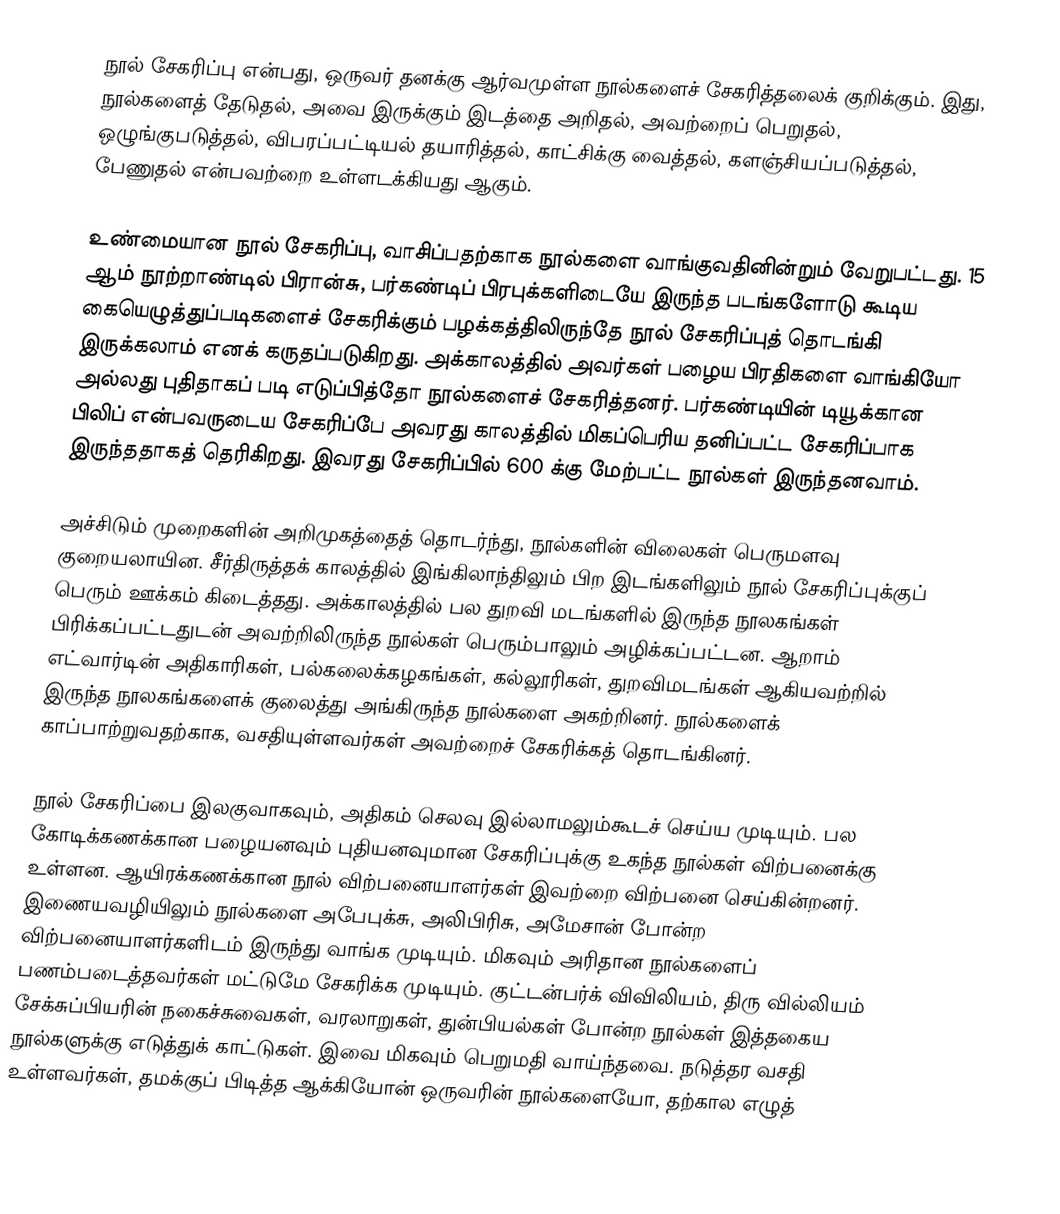
நூல் சேகரிப்பு என்பது, ஒருவர் தனக்கு ஆர்வமுள்ள நூல்களைச் சேகரித்தலைக் குறிக்கும். இது, நூல்களைத் தேடுதல், அவை இருக்கும் இடத்தை அறிதல், அவற்றைப் பெறுதல், ஒழுங்குபடுத்தல், விபரப்பட்டியல் தயாரித்தல், காட்சிக்கு வைத்தல், களஞ்சியப்படுத்தல், பேணுதல் என்பவற்றை உள்ளடக்கியது ஆகும்.

உண்மையான நூல் சேகரிப்பு, வாசிப்பதற்காக நூல்களை வாங்குவதினின்றும் வேறுபட்டது. 15 ஆம் நூற்றாண்டில் பிரான்சு, பர்கண்டிப் பிரபுக்களிடையே இருந்த படங்களோடு கூடிய கையெழுத்துப்படிகளைச் சேகரிக்கும் பழக்கத்திலிருந்தே நூல் சேகரிப்புத் தொடங்கி இருக்கலாம் எனக் கருதப்படுகிறது. அக்காலத்தில் அவர்கள் பழைய பிரதிகளை வாங்கியோ அல்லது புதிதாகப் படி எடுப்பித்தோ நூல்களைச் சேகரித்தனர். பர்கண்டியின் டியூக்கான பிலிப் என்பவருடைய சேகரிப்பே  அவரது காலத்தில் மிகப்பெரிய தனிப்பட்ட சேகரிப்பாக இருந்ததாகத் தெரிகிறது. இவரது சேகரிப்பில் 600 க்கு மேற்பட்ட நூல்கள் இருந்தனவாம்.

அச்சிடும் முறைகளின் அறிமுகத்தைத் தொடர்ந்து, நூல்களின் விலைகள் பெருமளவு குறையலாயின. சீர்திருத்தக் காலத்தில் இங்கிலாந்திலும் பிற இடங்களிலும் நூல் சேகரிப்புக்குப் பெரும் ஊக்கம் கிடைத்தது. அக்காலத்தில் பல துறவி மடங்களில் இருந்த நூலகங்கள் பிரிக்கப்பட்டதுடன் அவற்றிலிருந்த நூல்கள் பெரும்பாலும் அழிக்கப்பட்டன. ஆறாம் எட்வார்டின் அதிகாரிகள், பல்கலைக்கழகங்கள், கல்லூரிகள், துறவிமடங்கள் ஆகியவற்றில் இருந்த நூலகங்களைக் குலைத்து அங்கிருந்த நூல்களை அகற்றினர். நூல்களைக் காப்பாற்றுவதற்காக, வசதியுள்ளவர்கள் அவற்றைச் சேகரிக்கத் தொடங்கினர்.

நூல் சேகரிப்பை இலகுவாகவும், அதிகம் செலவு இல்லாமலும்கூடச் செய்ய முடியும். பல கோடிக்கணக்கான பழையனவும் புதியனவுமான சேகரிப்புக்கு உகந்த நூல்கள் விற்பனைக்கு உள்ளன. ஆயிரக்கணக்கான நூல் விற்பனையாளர்கள் இவற்றை விற்பனை செய்கின்றனர். இணையவழியிலும் நூல்களை அபேபுக்சு, அலிபிரிசு, அமேசான் போன்ற விற்பனையாளர்களிடம் இருந்து வாங்க முடியும். மிகவும் அரிதான நூல்களைப் பணம்படைத்தவர்கள் மட்டுமே சேகரிக்க முடியும். குட்டன்பர்க் விவிலியம், திரு வில்லியம் சேக்சுப்பியரின் நகைச்சுவைகள், வரலாறுகள், துன்பியல்கள் போன்ற நூல்கள் இத்தகைய நூல்களுக்கு எடுத்துக் காட்டுகள். இவை மிகவும் பெறுமதி வாய்ந்தவை. நடுத்தர வசதி உள்ளவர்கள், தமக்குப் பிடித்த ஆக்கியோன் ஒருவரின் நூல்களையோ, தற்கால எழுத்